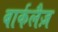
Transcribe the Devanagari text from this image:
बार्कलैज़